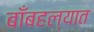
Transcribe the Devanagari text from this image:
बाँबहल्यात